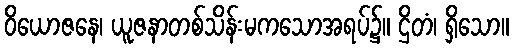
ဝိယောဇနေ၊ ယူဇနာတစ်သိန်းမကသောအရပ်၌။ ဌိတံ၊ ရှိသော။